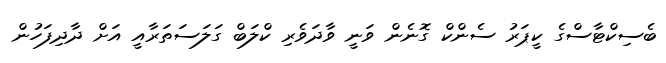
ބެސިކްޓާސްގެ ކީޕަރު ސެންކް ގޮނެން ވަނީ ވާދަވެރި ކްލަބް ގަލަސަތަރާއީ އަށް ދާދިފަހުން